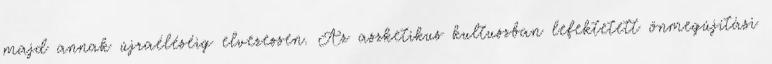
majd annak újraéléséig elvezessen. Az aszketikus kultuszban lefektetett önmegújítási